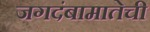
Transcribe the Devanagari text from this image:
जगदंबामातेची